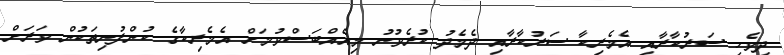
ދިވެހި ސަރުކާރާއި އެމެރިކާ ސަރުކާރާއި ދެމެދު ކުރެވުނު މިއެއްބަސްވުމަށް އެމެރިކާގެ ކުންފުނިތަކުން ވަރަށް